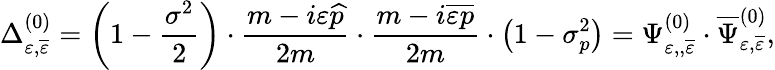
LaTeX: \Delta_{\varepsilon,\overline{{{\varepsilon}}}}^{(0)}=\left(1-\frac{\sigma^{2}}2\right)\cdot\frac{m-i\varepsilon\widehat{p}}{2m}\cdot\frac{m-i\overline{{{\varepsilon}}}\overline{{{p}}}}{2m}\cdot\left(1-\sigma_{p}^{2}\right)=\Psi_{\varepsilon,,\overline{{{\varepsilon}}}}^{(0)}\cdot\overline{{{\Psi}}}_{\varepsilon,\overline{{{\varepsilon}}}}^{(0)},